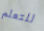
للتعلم